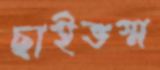
ছাইভস্ম